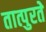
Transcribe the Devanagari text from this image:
तात्पुरतेे